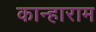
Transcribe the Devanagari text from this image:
कान्हाराम